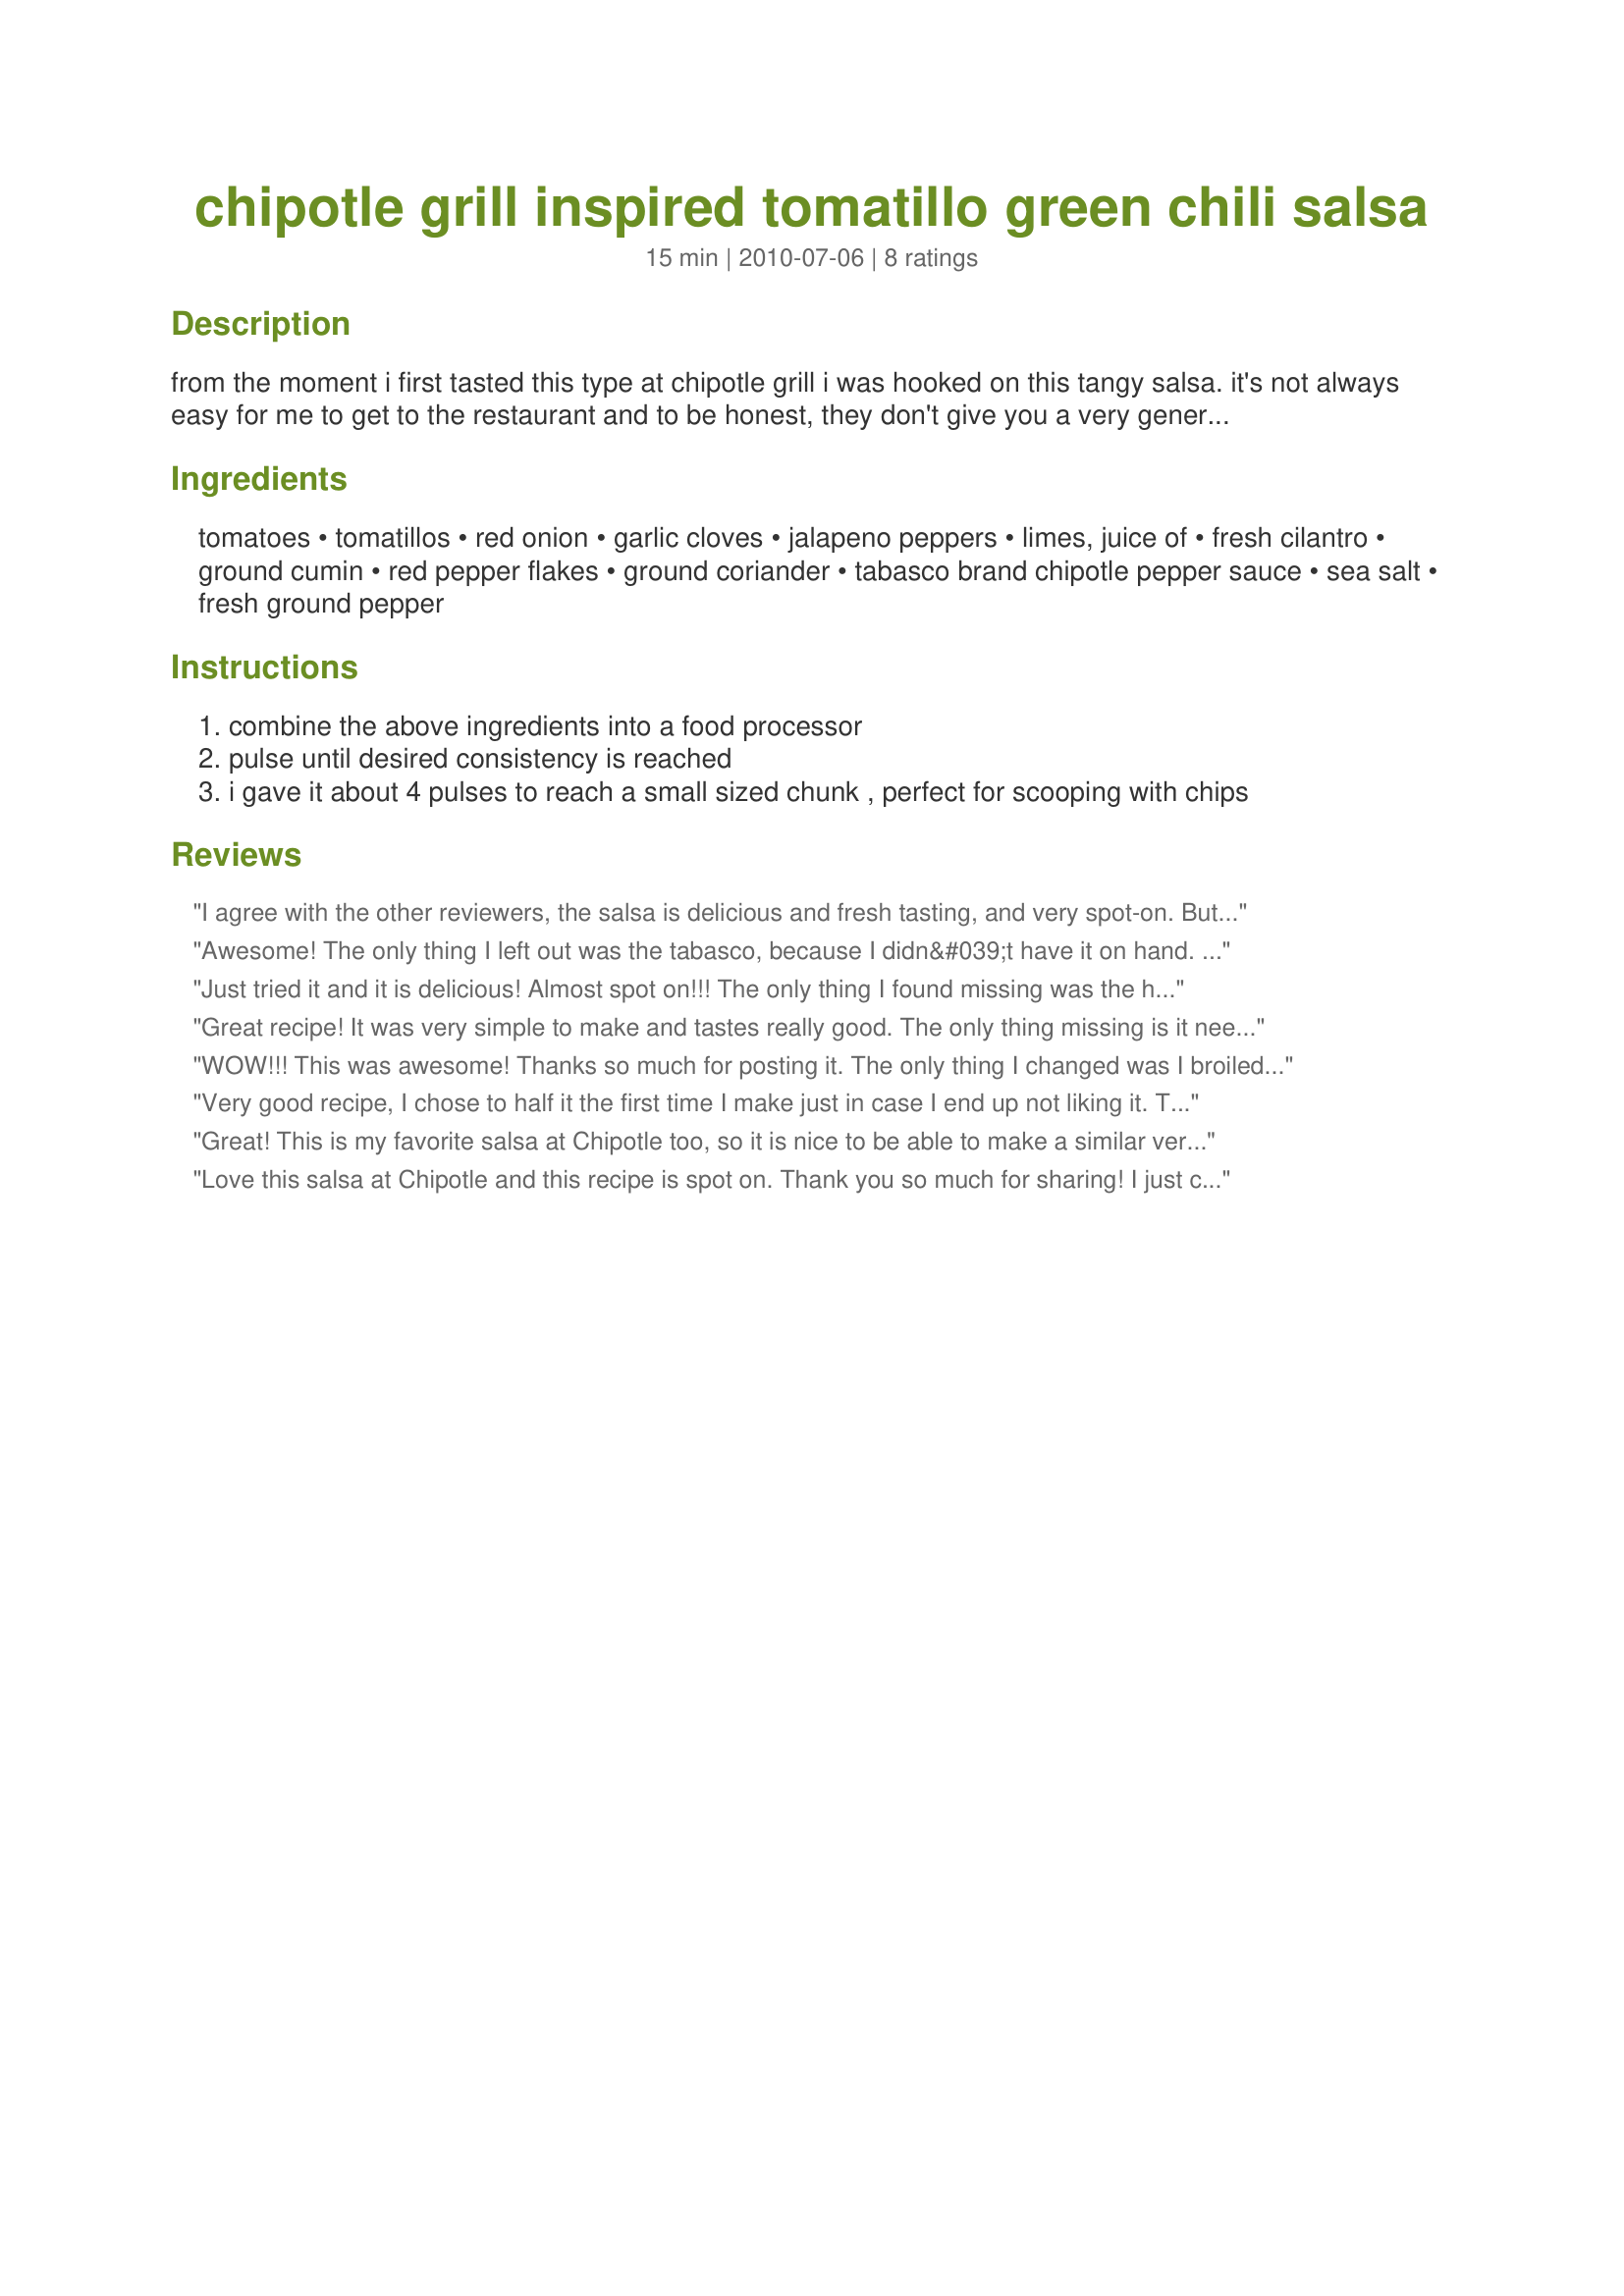
chipotle grill inspired tomatillo green chili salsa
Preparation time: 15 minutes

from the moment i first tasted this type at chipotle grill i was hooked on this tangy salsa. it's not always easy for me to get to the restaurant and to be honest, they don't give you a very generous portion with your chips. i looked all over the internet to find a recipe for this one, but couldn't find it so i made my own. i created this recipe based on the ingredients list on their website, plus a few of my own touches but the result is very very close. adjust the hot peppers if more or less heat is desired.

Ingredients:
tomatoes, tomatillos, red onion, garlic cloves, jalapeno peppers, limes, juice of, fresh cilantro, ground cumin, red pepper flakes, ground coriander, tabasco brand chipotle pepper sauce, sea salt, fresh ground pepper

Steps:
combine the above ingredients into a food processor
pulse until desired consistency is reached
i gave it about 4 pulses to reach a small sized chunk , perfect for scooping with chips

Reviews:
I agree with the other reviewers, the salsa is delicious and fresh tasting, and very spot-on. But I talked to a friend who worked at chipotle for a few years and he explained that it's a green chili salsa. So I used green chilies in mine and it was perfect!
Awesome! The only thing I left out was the tabasco, because I didn&#039;t have it on hand. Overall pretty darn close to the Chipotle version. Very delicious!
Just tried it and it is delicious! Almost spot on!!! The only thing I found missing was the heat. Like the reviewer before, I also keep the jalapeno seeds. I also doubled the chipotle hot sauce. Despite all that it was still quite mild, I remember the Chipotle grill green salsa is pretty hot. I have to go buy some from their resturant tomorrow and eat the two side by side! Still, overall this is a fantastic and easy green salsa! Thank you so much for sharing!
Great recipe! It was very simple to make and tastes really good. The only thing missing is it needs some more heat. Maybe adding a hotter pepper than jalapeno would fix that or more jalapeno. Overall, I would recommend if you are looking for a good green salsa recipe.
WOW!!! This was awesome! Thanks so much for posting it. The only thing I changed was I broiled the tomatillos, tomatoes and onions with the jalapenos so it would have lots of those little charred bits. Yum!!! Thankyouthankyouthankyou!!! :)
Very good recipe, I chose to half it the first time I make just in case I end up not liking it. The only comment I would make is 1tbsp Cumin was too much. The color was off and so was the flavor.&lt;br/&gt;&lt;br/&gt;It had plenty of kick to it without the Jalepenos but that could be the Chipotle Cholula Hot Sauce I used instead of Tabasco because I couldn&#039;t find any that had Chipotle in it. (This is the first time I have used this hot sauce so I am not sure if it really is any hotter than Tabasco as I dont really use that either lol. Not to say I dont enjoy Spicy foods!)&lt;br/&gt;&lt;br/&gt;But anyways, it was a delicious recipe and I may try making it again but this time with half the amount of Cumin. Thanks for posting it ^-^
Great! This is my favorite salsa at Chipotle too, so it is nice to be able to make a similar version at home! I left the seeds and ribs in the jalapeno when I ran it through the machine instead of adding the red pepper flakes, and it worked wonderfully. We enjoyed it both with chips and using it in enchiladas. Thanks for sharing!
Love this salsa at Chipotle and this recipe is spot on. Thank you so much for sharing! I just cut the top off of the jalapenos and put everything else in the food processor plus the pepper flakes and tabasco. Just the right amount of heat for me. Thanks so much for solving the elusive mystery of the recipe for Chipotle's Medium Tomatillo Salsa!!
